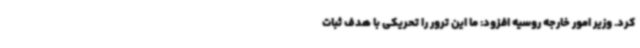
کرد. وزیر امور خارجه روسیه افزود: ما این ترور را تحریکی با هدف ثبات